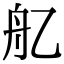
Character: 𦨇